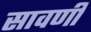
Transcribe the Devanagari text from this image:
सावर्णी